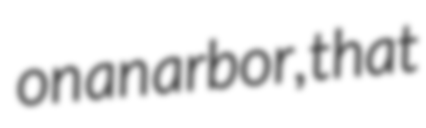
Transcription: on an arbor, that